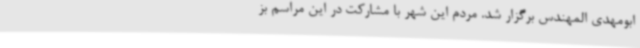
ابومهدی المهندس برگزار شد. مردم این شهر با مشارکت در این مراسم بز